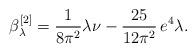
LaTeX: \begin{align*} \beta_{\lambda}^{[2]}=\frac{1}{8\pi^2}\lambda\nu-\frac{25}{12\pi^2}\,e^4\lambda.\end{align*}